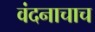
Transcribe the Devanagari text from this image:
वंदनाचाच